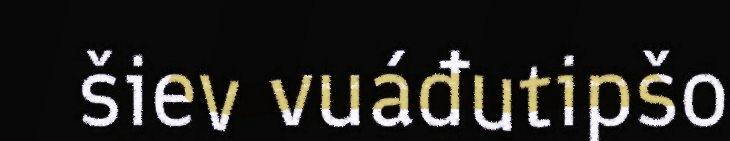
šiev vuáđutipšo